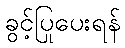
ခွင့်ပြုပေးရန်